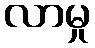
လာမှု